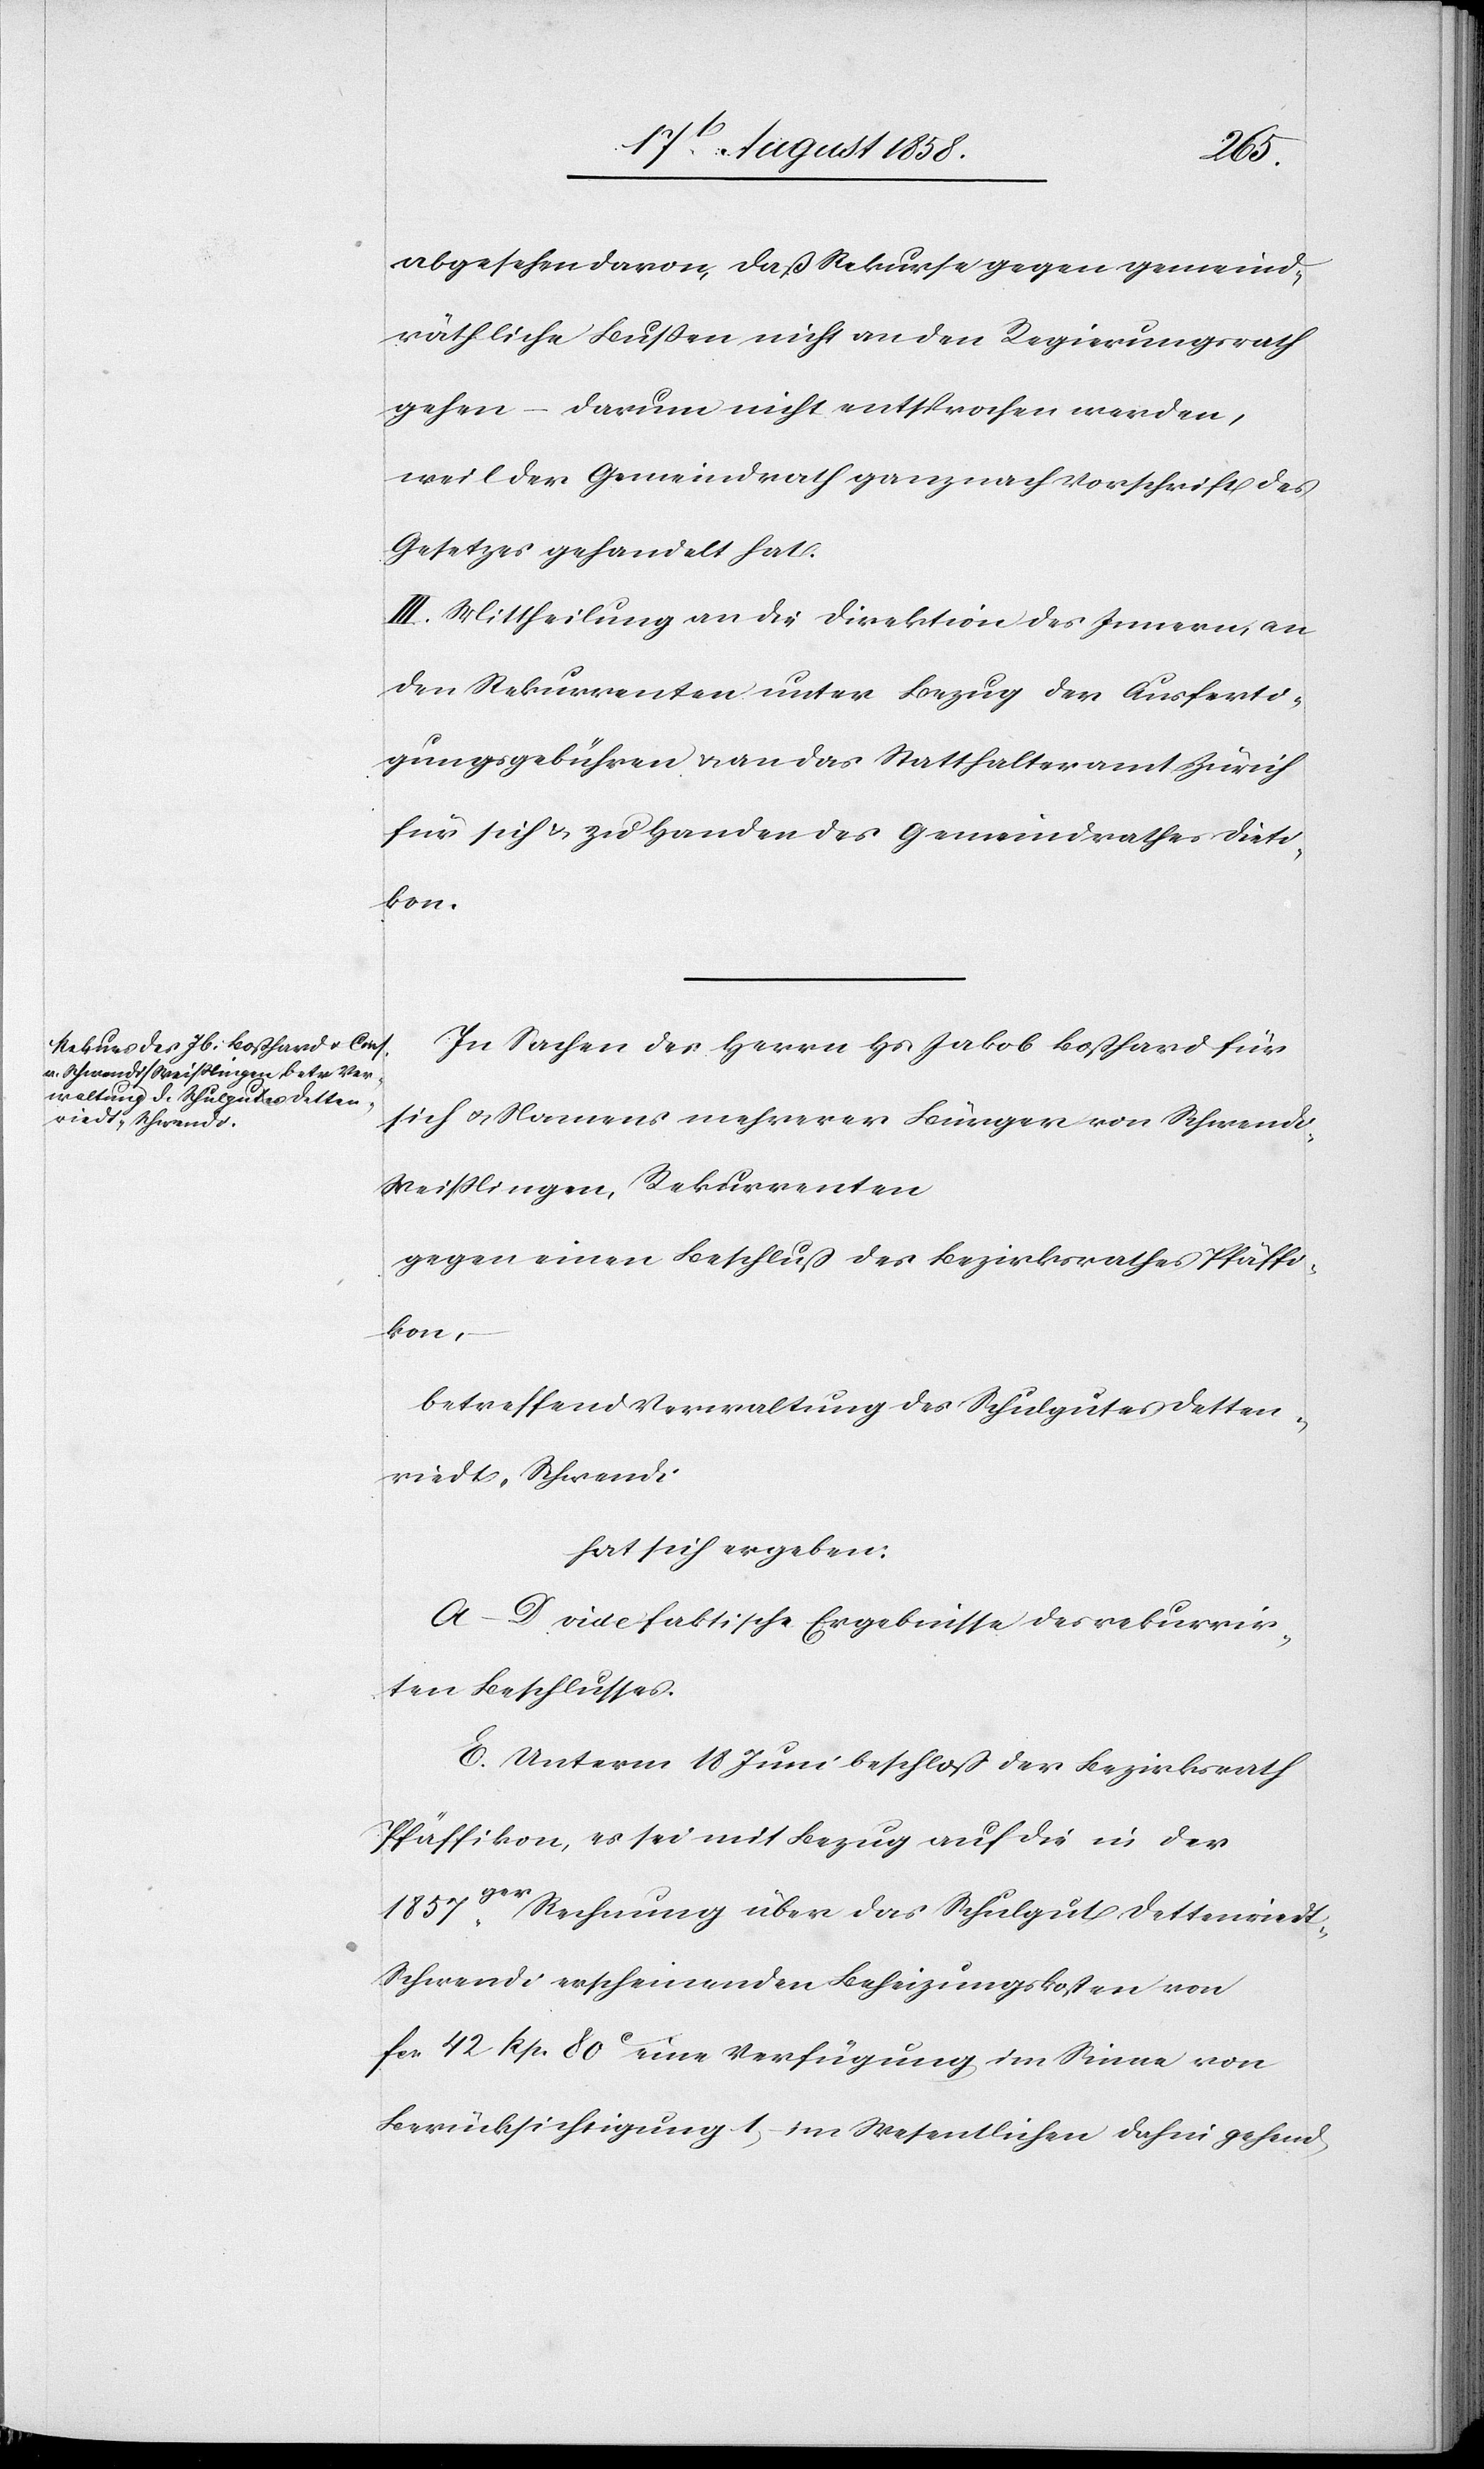
abgesehen davon, daß Rekurse gegen gemeind¬
räthliche Bussen nicht an den Regierungsrath
gehen – darum nicht entsprochen werden,
weil der Gemeindrath ganz nach Vorschrift des
Gesetzes gehandelt hat.
III. Mittheilung an die Direktion des Innern, an
den Rekurrenten unter Bezug der Ausferti¬
gungsgebühren & an das Statthalteramt Zürich
für sich & zu Handen des Gemeindrathes Dieti¬
kon.
In Sachen des Herrn Hs. Jakob Boßhard für
sich & Namens mehrerer Bürger von Schwend¬
i-Weisslingen, Rekurrenten
gegen einen Beschluß des Bezirksrathes Pfäffi¬
kon,
betreffend Verwaltung des Schulgutes Detten¬
riedt-Schwendi
hat sich ergeben:
A–D. vide faktische Ergebnisse des rekurrir¬
ten Beschlusses.
E. Unterm 18 Juni beschloß der Bezirksrath
Pfäffikon, es sei mit Bezug auf die in der
1857ger. Rechnung über das Schulgut Dettenried¬
t-Schwendi erscheinenden Beheizungskosten von
fcs. 42 Rp. 80C eine Verfügung im Sinne von
Berücksichtigung 1) – im Wesentlichen dahin gehend,